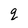
Character: q